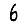
Digit: 6